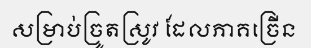
សម្រាប់ច្រូតស្រូវ ដែលភាគច្រើន